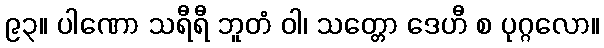
၉၃။ ပါဏော သရီရီ ဘူတံ ဝါ၊ သတ္တော ဒေဟီ စ ပုဂ္ဂလော။